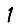
Digit: 1